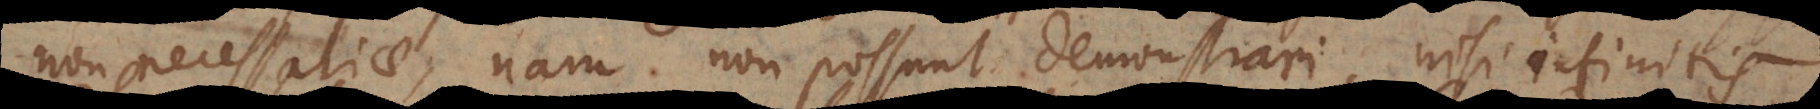
non necessariae, nam non possunt demonstrari, nisi infiniti